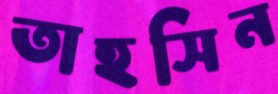
তাহসিন